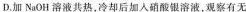
D.加NaOH溶液共热，冷却后加入硝酸银溶液，观察有无